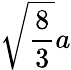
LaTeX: {\sqrt{\frac{8}{3}}}a